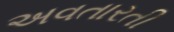
અવતારતી